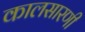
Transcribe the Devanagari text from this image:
कालसारणी